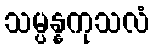
သမ္ပန္နကုသလံ